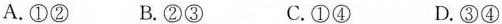
A.①② B.②③ C.①④ D.③④